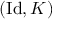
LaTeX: ( \operatorname { I d } , K )